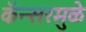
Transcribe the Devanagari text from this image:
कॅन्सरमुळे